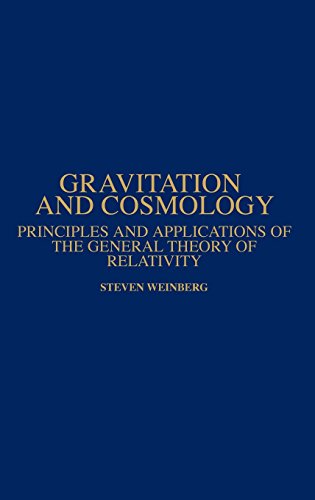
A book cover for Gravitation and Cosmology: Principles and Applications of the General Theory of Relativity; Steven Weinberg; Science & Math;